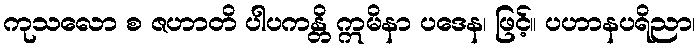
ကုသလော စ ဇဟာတိ ပါပကန္တိ ဣမိနာ ပဒေန၊ ဖြင့်။ ပဟာနပရိညာ၊